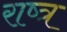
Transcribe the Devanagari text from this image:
राष्त्र